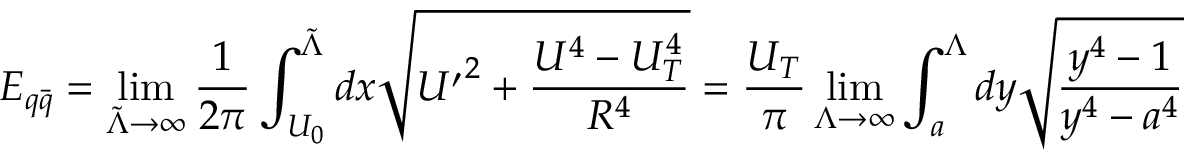
E _ { q \bar { q } } = \operatorname * { l i m } _ { { \tilde { \Lambda } } \rightarrow \infty } \frac { 1 } { 2 \pi } \int _ { U _ { 0 } } ^ { { \tilde { \Lambda } } } d x \sqrt { { U ^ { \prime } } ^ { 2 } + \frac { U ^ { 4 } - U _ { T } ^ { 4 } } { R ^ { 4 } } } = \frac { U _ { T } } { \pi } \operatorname * { l i m } _ { \Lambda \rightarrow \infty } \int _ { a } ^ { \Lambda } d y \sqrt { \frac { y ^ { 4 } - 1 } { y ^ { 4 } - a ^ { 4 } } }